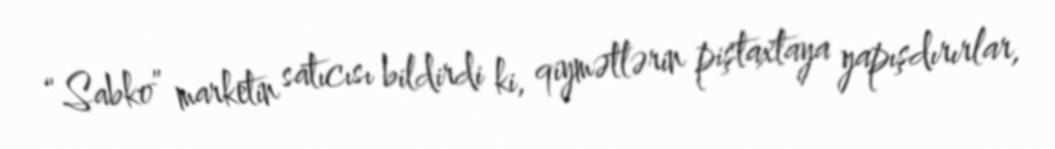
“Sabko” marketin satıcısı bildirdi ki, qiymətlərin piştaxtaya yapışdırırlar,